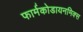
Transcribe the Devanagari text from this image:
फार्मकोडायनमिक्स